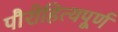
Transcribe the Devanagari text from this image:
पौरोहित्यपूर्ण